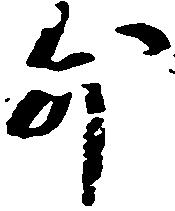
外